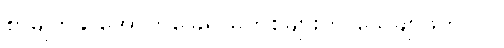
စာမျက်နှာအောက်ခြေရှိ မှတ်စုများကို သေချာဖတ် ပါ။